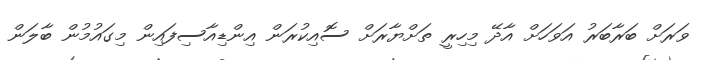
ވަރަށް ބަރާބަރު އަވަހަށް އާދޭ މިހިރީ ތަށްޔާރަށް ސޮއިކުރަން އިންޑިއާސިފައިން މިގައުމުން ބާލަން